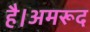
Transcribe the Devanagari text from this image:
है।अमरूद